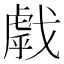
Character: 𢧶